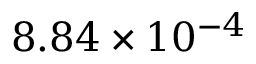
8 . 8 4 \times 1 0 ^ { - 4 }